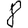
Digit: 8